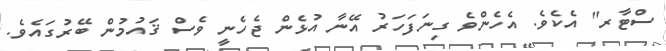
ސްޓާރ" އެކެވެ. އެހެންވެ ގިނަފަހަރު އޭނާ އުޅެން ޖެހެނީ ވެސް ޤައުމުން ބޭރުގައެވެ.